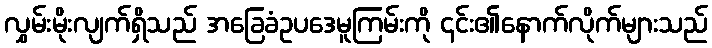
လွှမ်းမိုးလျက်ရှိသည် အခြေခံဥပဒေမူကြမ်းကို ၎င်း၏နောက်လိုက်များသည်